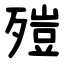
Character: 㱯